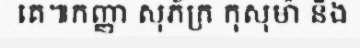
គេ៕កញ្ញា សុភ័ក្រ កុសុម៉ា និង